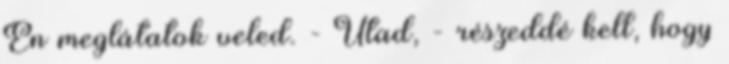
Én meglátatok veled. - Utad, - részeddé kell, hogy